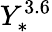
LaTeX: Y_{*}^{3.6}